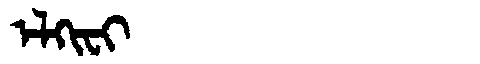
Manchu: ᡝᠯᡴᡳᠸᡳ
Romanization: ELKIFI